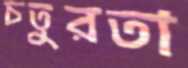
চতুরতা